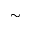
\sim